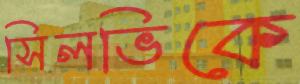
সিলভিকে